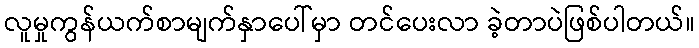
လူမှုကွန်ယက်စာမျက်နှာပေါ်မှာ တင်ပေးလာ ခဲ့တာပဲဖြစ်ပါတယ်။